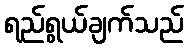
ရည်ရွယ်ချက်သည်